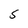
Character: S